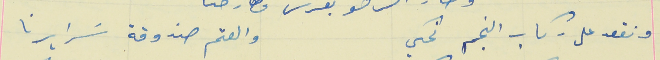
ونقعد على ركاب النجم نحكي                         والعتم صندوقة سَرايرنا